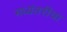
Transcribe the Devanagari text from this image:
मध्यंतरींचा